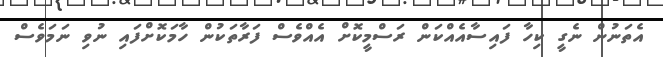
އެތަނުން ނެގީ ކިހާ ފައިސާއެއްކަން ރަސްމީކޮށް އެއްވެސް ފަރާތަކުން ހާމަކޮށްފައި ނުވި ނަމަވެސް